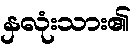
နှလုံးသား၏